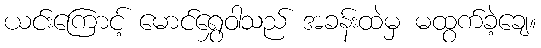
ယင်းကြောင့် မောင်ရွှေဝါသည် အခန်းထဲမှ မထွက်ခဲ့ချေ။